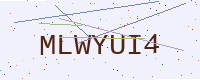
Text: MLWYUI4